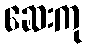
ဆေးကု